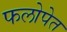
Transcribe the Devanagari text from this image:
फलोपेत